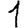
Digit: 1